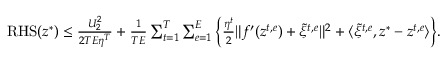
\begin{array} { r } { \mathrm { R H S } ( z ^ { * } ) \leq \frac { U _ { 2 } ^ { 2 } } { 2 T E \eta ^ { T } } + \frac { 1 } { T E } \sum _ { t = 1 } ^ { T } \sum _ { e = 1 } ^ { E } \Big \{ \frac { \eta ^ { t } } { 2 } \| f ^ { \prime } ( z ^ { t , e } ) + \tilde { \xi } ^ { t , e } \| ^ { 2 } + \langle \tilde { \xi } ^ { t , e } , z ^ { * } - z ^ { t , e } \rangle \Big \} . } \end{array}